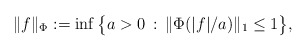
\begin{align*} \|f\|_{\Phi} := \inf\big\{ a>0\,:\, \|\Phi(|f|/a)\|_1 \leq 1 \big\},\end{align*}